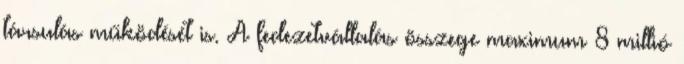
társulás működését is. A fedezetvállalás összege maximum 8 millió